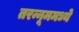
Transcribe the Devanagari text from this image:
तरन्नूममध्ये